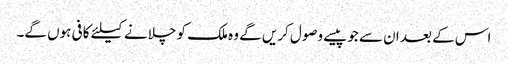
اس کے بعد ان سے جوپیسے وصول کریں گے وہ ملک کو چلانے کیلئے کافی ہوں گے۔